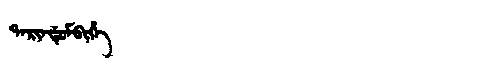
Manchu: ᡨᠠᡵᡳᠨᡩᡠᠮᠪᡳᡥᡝ
Romanization: TARINDUMBIHE